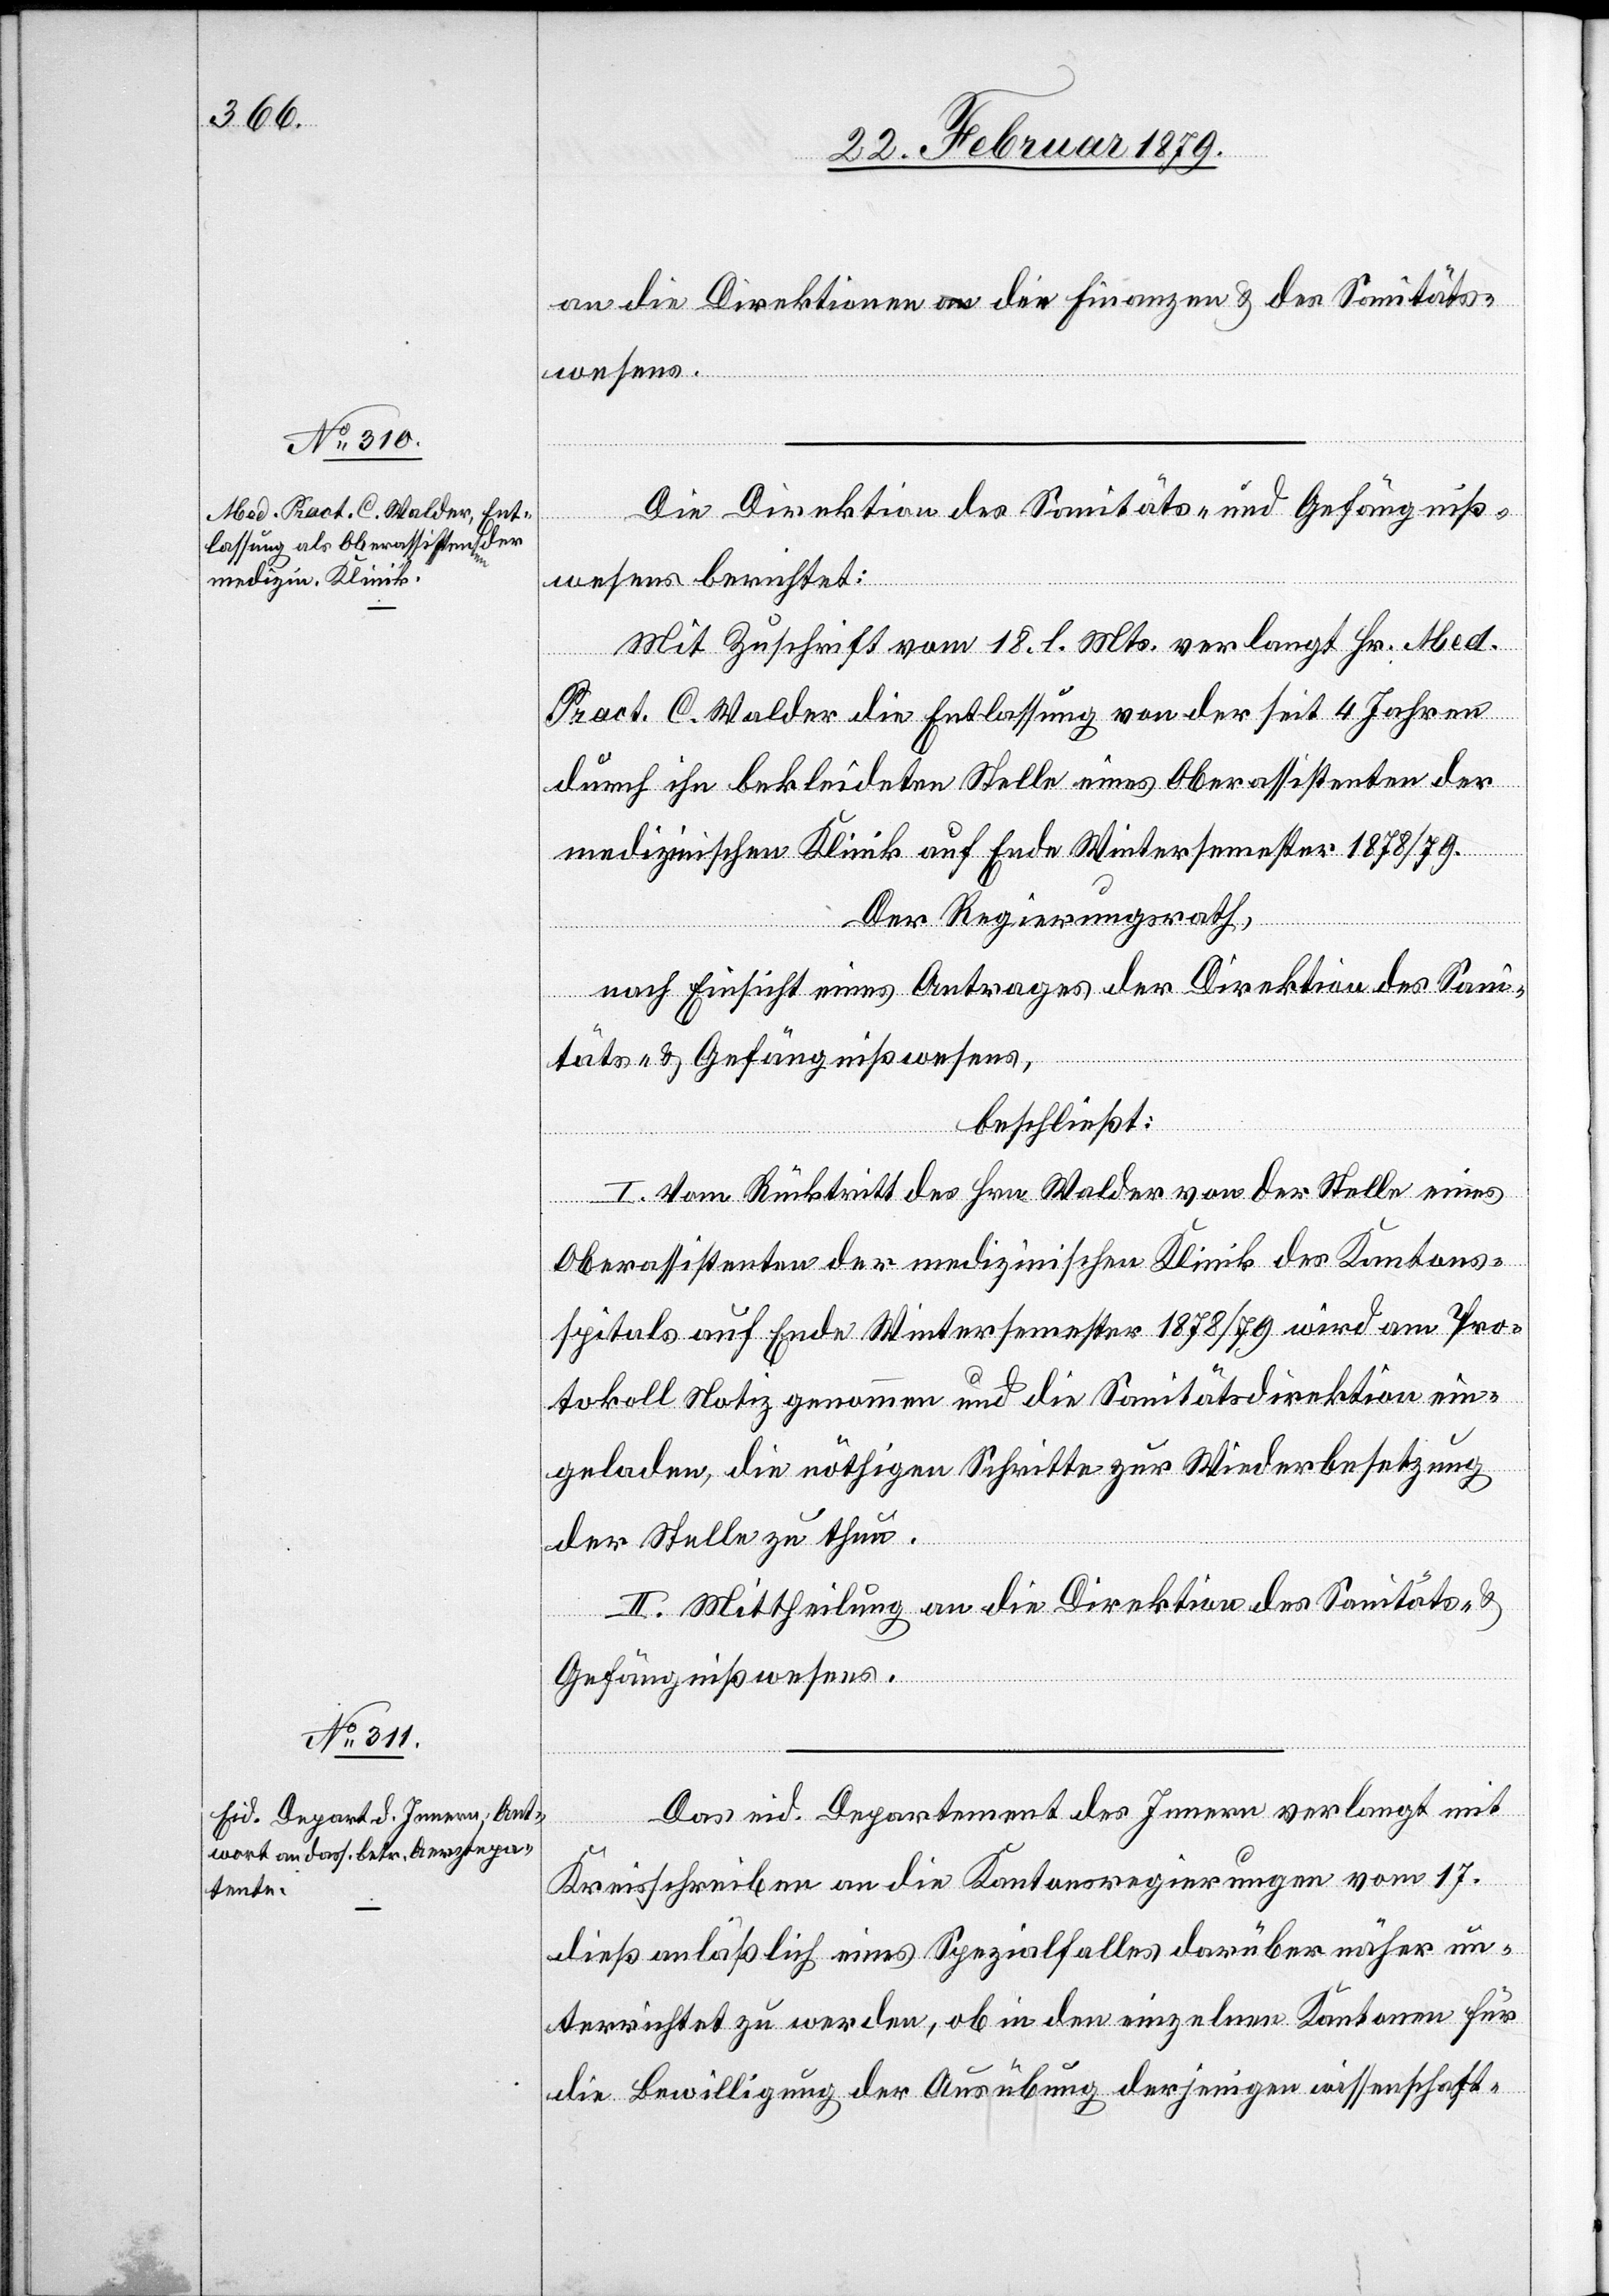
an die Direktionen der Finanzen & des Sanitäts¬
wesens.
Die Direktion des Sanitäts- & Gefängniß¬
wesens berichtet:
Mit Zuschrift vom 18. l. Mts. verlangt Hr. Med.
Pract. C. Walder die Entlassung von der seit 4 Jahren
durch ihn bekleideten Stelle eines Oberassistenten der
medizinischen Klinik auf Ende Wintersemester 1878/79.
Der Regierungsrath,
nach Einsicht eines Antrages der Direktion des Sani¬
täts- & Gefängnißwesens,
beschließt:
I. Vom Rücktritt des Hrn. Walder von der Stelle eines
Oberassistenten der medizinischen Klinik des Kantons¬
spitals auf Ende Wintersemester 1878/79 wird am Pro¬
tokoll Notiz genommen und die Sanitätsdirektion ein¬
geladen, die nöthigen Schritte zur Wiederbesetzung
der Stelle zu thun.
II. Mittheilung an die Direktion des Sanitäts- &
Gefängnißwesens.
Das eid. Departement des Innern verlangt mit
Kreisschreiben an die Kantonsregierungen vom 17.
dieß anläßlich eines Spezialfalles darüber näher un¬
terrichtet zu werden, ob in den einzelnen Kantonen für
die Bewilligung der Ausübung derjenigen wissenschaft-